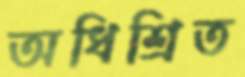
অধিশ্রিত